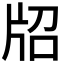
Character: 牊